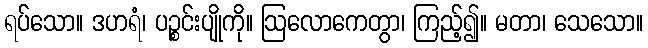
ရပ်သော။ ဒဟရံ၊ ပဉ္စင်းပျိုကို။ ဩလောကေတွာ၊ ကြည့်၍။ မတာ၊ သေသော။